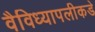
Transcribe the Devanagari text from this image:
वैविध्यापलीकडे